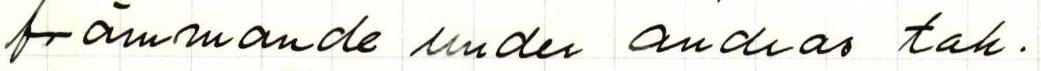
främmande under andras tak.